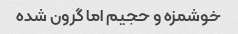
خوشمزه و حجیم اما گرون شده